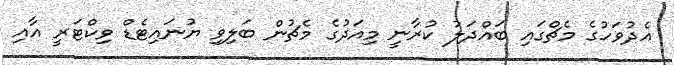
އެދުވަހުގެ މެޗްގައި ބައްދަލު ކުރާނީ މިއަދުގެ މެޗުން ބަލިވި ޔުނައިޓެޑް ވިކްޓަރީ އާއި